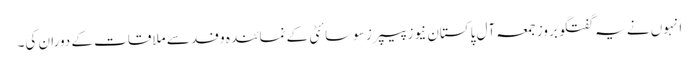
انہوں نے یہ گفتگو بروز جمعہ آل پاکستان نیوز پیپرز سوسائٹی کے نمائندہ وفد سے ملاقات کے دوران کی۔